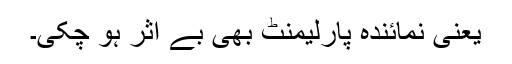
یعنی نمائندہ پارلیمنٹ بھی بے اثر ہو چکی۔